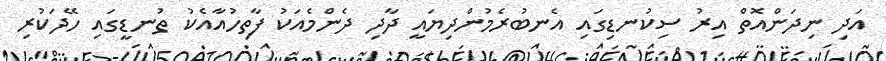
އަދި ނިދަންއޮތް އިރު ސިކުނޑިގައި އެނބުރެމުންދިޔައީ ދާދި ދެންމެއަކު ފާތިހުއާއެކު ތުނޑީގައި ހޭދަކުރި